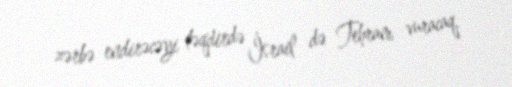
zərbə endirəcəyi təqdirdə İsrail də Tehranı vuracaq.